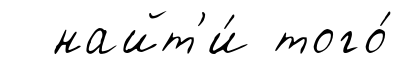
найт'и́ того́